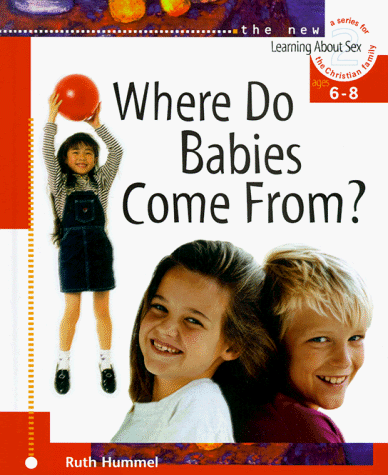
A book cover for Where Do Babies Come From? (Learning about Sex); Ruth Hummel; Parenting & Relationships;